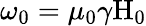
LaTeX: \omega_{\mathrm{0}}=\mu_{\mathrm{0}}\gamma\mathrm{H}_{\mathrm{0}}